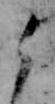
よ